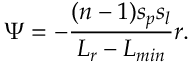
\Psi = - \frac { ( n - 1 ) s _ { p } s _ { l } } { L _ { r } - L _ { m i n } } r .